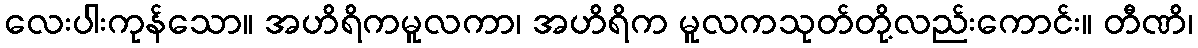
လေးပါးကုန်သော။ အဟိရိကမူလကာ၊ အဟိရိက မူလကသုတ်တို့လည်းကောင်း။ တီဏိ၊